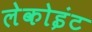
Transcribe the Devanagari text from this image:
लेकोइंट